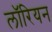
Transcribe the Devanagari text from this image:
लॉरियन